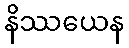
နိဿယေန